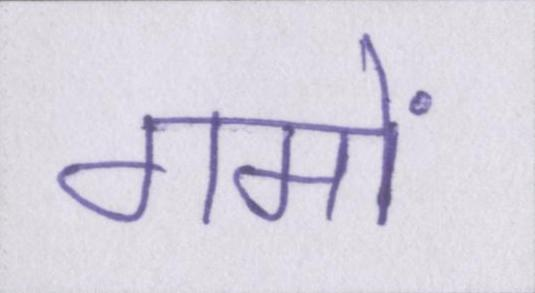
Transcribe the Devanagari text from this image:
गमों